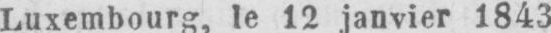
Luxembourg, le 12 janvier 1843